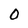
Character: O